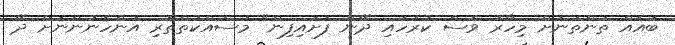
ބައެއް ތަންތަނަށް މިހާރު ވެސް ކުރަހައި ދޭން ފަށައިފިން" މަސައްކަތްތެރި އަންހެނުންނަށް ދޭ